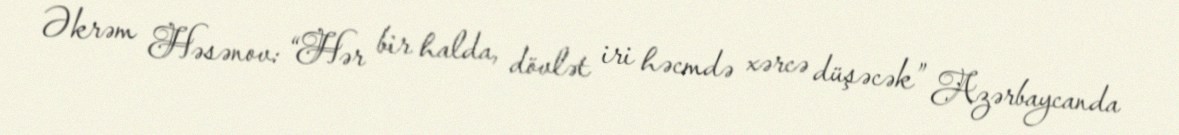
Əkrəm Həsənov: “Hər bir halda, dövlət iri həcmdə xərcə düşəcək” Azərbaycanda